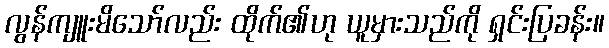
လွန်ကျူးမိသော်လည်း ထိုက်၏ဟု ယူမှားသည်ကို ရှင်းပြခန်း။